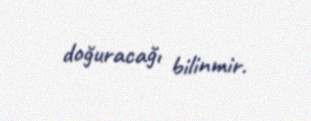
doğuracağı bilinmir.